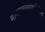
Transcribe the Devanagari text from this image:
मानसशास्त्राव्यतिरिक्त